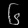
Digit: ၆